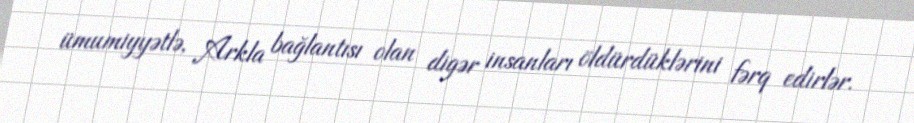
ümumiyyətlə, Arkla bağlantısı olan digər insanları öldürdüklərini fərq edirlər.